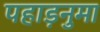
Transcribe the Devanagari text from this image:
पहाड़नुमा